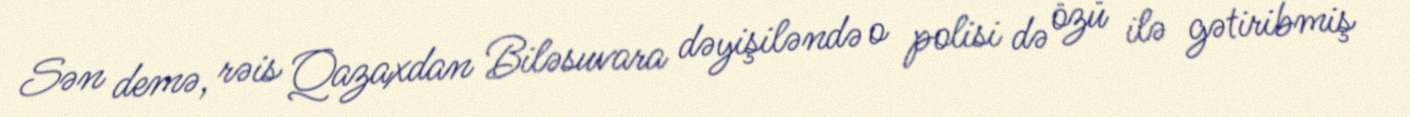
Sən demə, rəis Qazaxdan Biləsuvara dəyişiləndə o polisi də özü ilə gətiribmiş